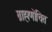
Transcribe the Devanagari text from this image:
ब्राह्मणोचित